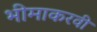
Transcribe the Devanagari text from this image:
भीमाकरवी